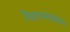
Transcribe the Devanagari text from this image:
निधायान्यन्नैवाश्रितमिह